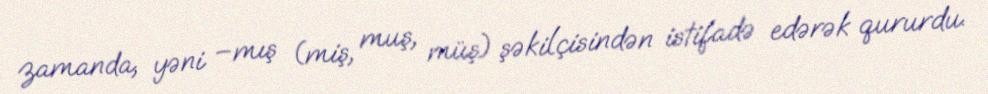
zamanda, yəni –mış (miş, muş, müş) şəkilçisindən istifadə edərək qururdu.